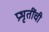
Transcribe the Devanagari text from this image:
प्रभृतींची